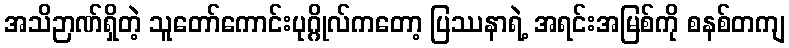
အသိဉာဏ်ရှိတဲ့ သူတော်ကောင်းပုဂ္ဂိုလ်ကတော့ ပြဿနာရဲ့ အရင်းအမြစ်ကို စနစ်တကျ